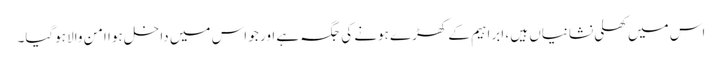
اس میں کھلی نشانیاں ہیں ، ابراہیم کے کھڑے ہونے کی جگہ ہے اور جو اس میں داخل ہوا امن والا ہوگیا۔